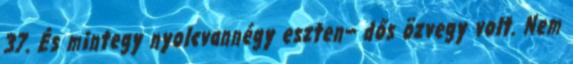
37. És mintegy nyolcvannégy eszten− dős özvegy volt. Nem